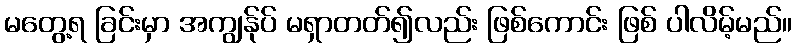
မတွေ့ရ ခြင်းမှာ အကျွန်ုပ် မရှာတတ်၍လည်း ဖြစ်ကောင်း ဖြစ် ပါလိမ့်မည်။